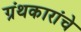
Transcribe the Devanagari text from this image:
ग्रंथकारांचे